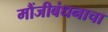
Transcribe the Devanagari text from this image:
मौंजीबंधनाचा